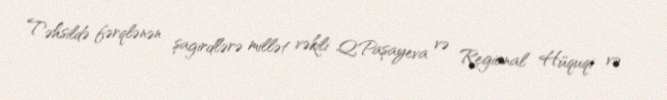
Təhsildə fərqlənən şagirdlərə millət vəkili Q.Paşayeva və Regional Hüquqi və